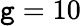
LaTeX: \mathtt{g}=10